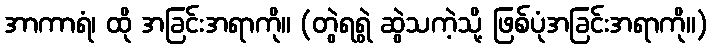
အာကာရံ၊ ထို အခြင်းအရာကို။ (တွဲရရွဲ ဆွဲသကဲ့သို့ ဖြစ်ပုံအခြင်းအရာကို။)